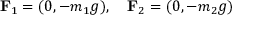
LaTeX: \mathbf { F } _ { 1 } = ( 0 , - m _ { 1 } g ) , \quad \mathbf { F } _ { 2 } = ( 0 , - m _ { 2 } g )